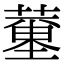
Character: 𦻍